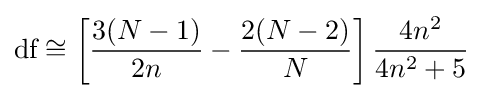
{\text{df}}\cong \left[{\frac {3(N-1)}{2n}}-{\frac {2(N-2)}{N}}\right]{\frac {4n^{2}}{4n^{2}+5}}